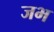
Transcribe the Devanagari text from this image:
जभ